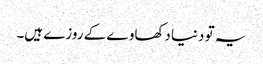
یہ تو دنیا دکھاوے کے روزے ہیں۔